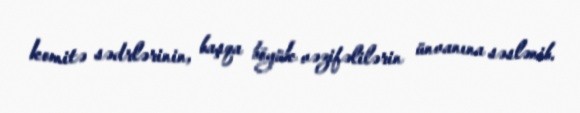
komitə sədrlərinin, başqa böyük vəzifəlilərin ünvanına səslənib.